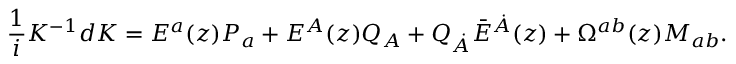
{ \frac { 1 } { i } } K ^ { - 1 } d K = E ^ { a } ( z ) P _ { a } + E ^ { A } ( z ) Q _ { A } + Q _ { \dot { A } } \bar { E } ^ { \dot { A } } ( z ) + \Omega ^ { a b } ( z ) M _ { a b } .